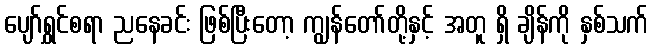
ပျော်ရွှင်စရာ ညနေခင်း ဖြစ်ပြီးတော့ ကျွန်တော်တို့နှင့် အတူ ရှိ ချိန်ကို နှစ်သက်